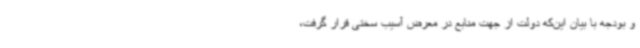
و بودجه با بیان این‌که دولت از جهت منابع در معرض آسیب سختی قرار گرفت،